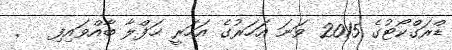
ޑްރަގްކޯޓުގެ 2015 ވަނަ އަހަރުގެ އަހަރީ ޙަފްލާ ބާއްވައިފި